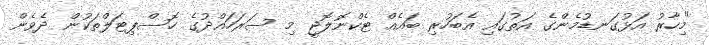
"މިހާރު އަޅުގަނޑުމެންގެ އަތުގައި އެބަހުރި ބައެއް ޓެކްނޮލޮޖީ މި ސަރަހައްދުގެ ހޮސްޕިޓަލްތަކުން ދެވެން